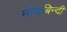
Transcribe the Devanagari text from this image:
मोचबिन्दी